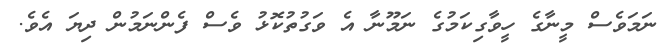
ނަމަވެސް މީނާގެ ހީވާގިކަމުގެ ނަމޫނާ އެ ވަގުތުކޮޅު ވެސް ފެންނަމުން ދިޔަ އެވެ.